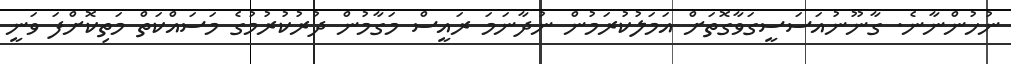
ނުހުންނާނެ. ގާނޫނުއަސަސީގަވާގޮތަށް އަމަލުކުރަމުން ނުދާނަމަ ރައީސް މަގާމުން ދުރުކުރުމުގެ މަސައްކަތް މަތިކޮށްފަ ވަނީ